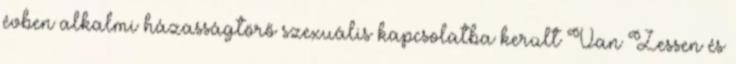
évben alkalmi házasságtörő szexuális kapcsolatba került Van Zessen és